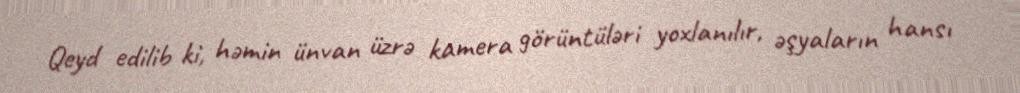
Qeyd edilib ki, həmin ünvan üzrə kamera görüntüləri yoxlanılır, əşyaların hansı